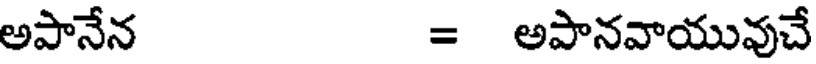
అపానేన = అపానవాయువుచే